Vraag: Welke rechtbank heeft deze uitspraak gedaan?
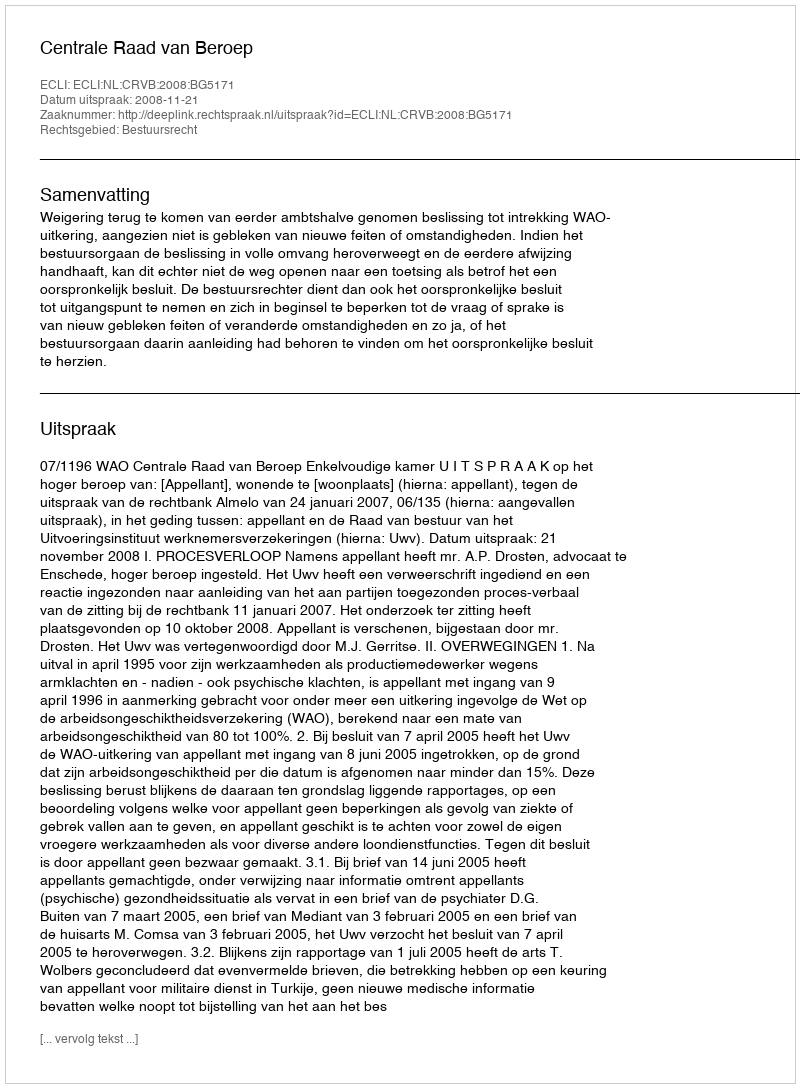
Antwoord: Centrale Raad van Beroep